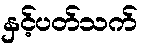
နှင့်ပတ်သက်